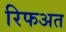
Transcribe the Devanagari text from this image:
रिफअत